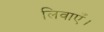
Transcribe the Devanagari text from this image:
लिवाएँ।